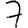
Digit: 7